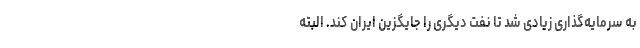
به سرمایه‌گذاری زیادی شد تا نفت دیگری را جایگزین ایران کند. البته